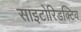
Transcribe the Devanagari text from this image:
साइटोरिडक्टिव